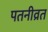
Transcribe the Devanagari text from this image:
पतनीव्रत